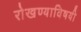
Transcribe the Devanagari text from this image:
रोखण्याविषयी